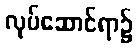
လုပ်ဆောင်ရာ၌